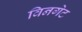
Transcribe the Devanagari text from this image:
विनगेट